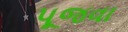
પૂજવા